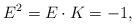
LaTeX: \begin{align*}E^2=E\cdot K=-1,\end{align*}